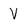
Character: V